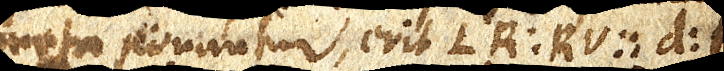
refringente remota ponantur, erit LR : RV :: d : t